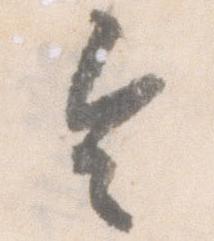
令